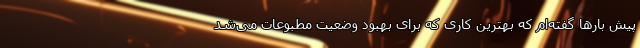
پیش بارها گفته‌ام که بهترین کاری که برای بهبود وضعیت مطبوعات می‌شد